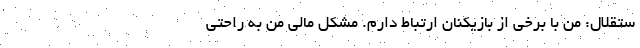
ستقلال: من با برخی از بازیکنان ارتباط دارم. مشکل مالی من به راحتی